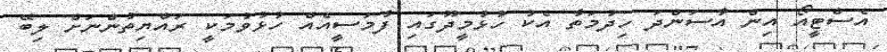
އެސްޓީއޯ އިން އާސަންދަ ހިދުމަތާ އެކު ހުޅުމީދޫގައި ފާމަސީއެއް ހުޅުވުމަކީ ރައްޔިތުންނަށް ލިބޭ